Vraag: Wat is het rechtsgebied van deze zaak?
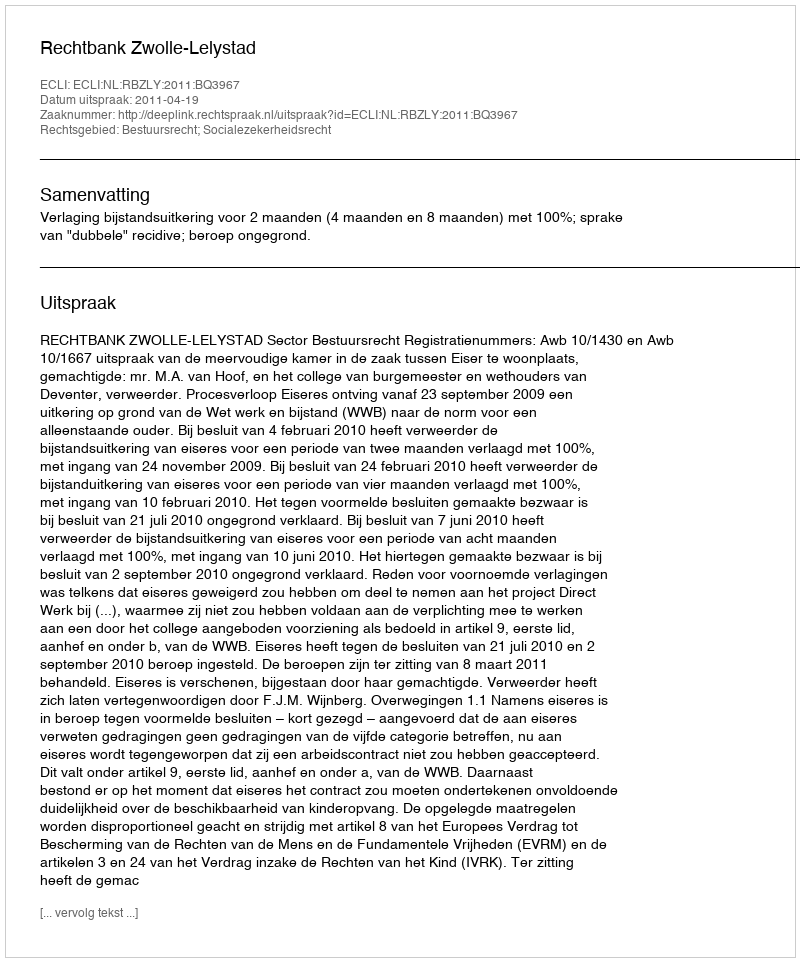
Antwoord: Bestuursrecht; Socialezekerheidsrecht